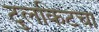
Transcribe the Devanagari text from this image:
टुलकिटचा